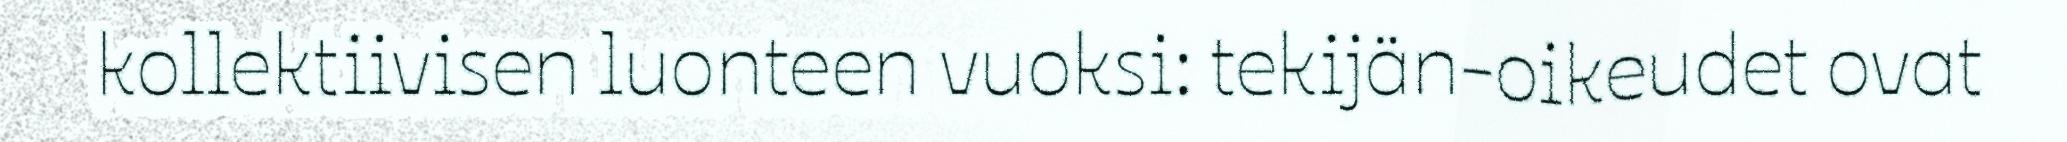
kollektiivisen luonteen vuoksi: tekijän-oikeudet ovat